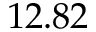
1 2 . 8 2